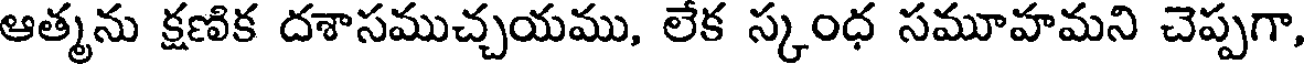
ఆత్మను క్షణిక దశాసముచ్చయము, లేక స్కంధ సమూహమని చెప్పగా,